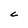
Character: C